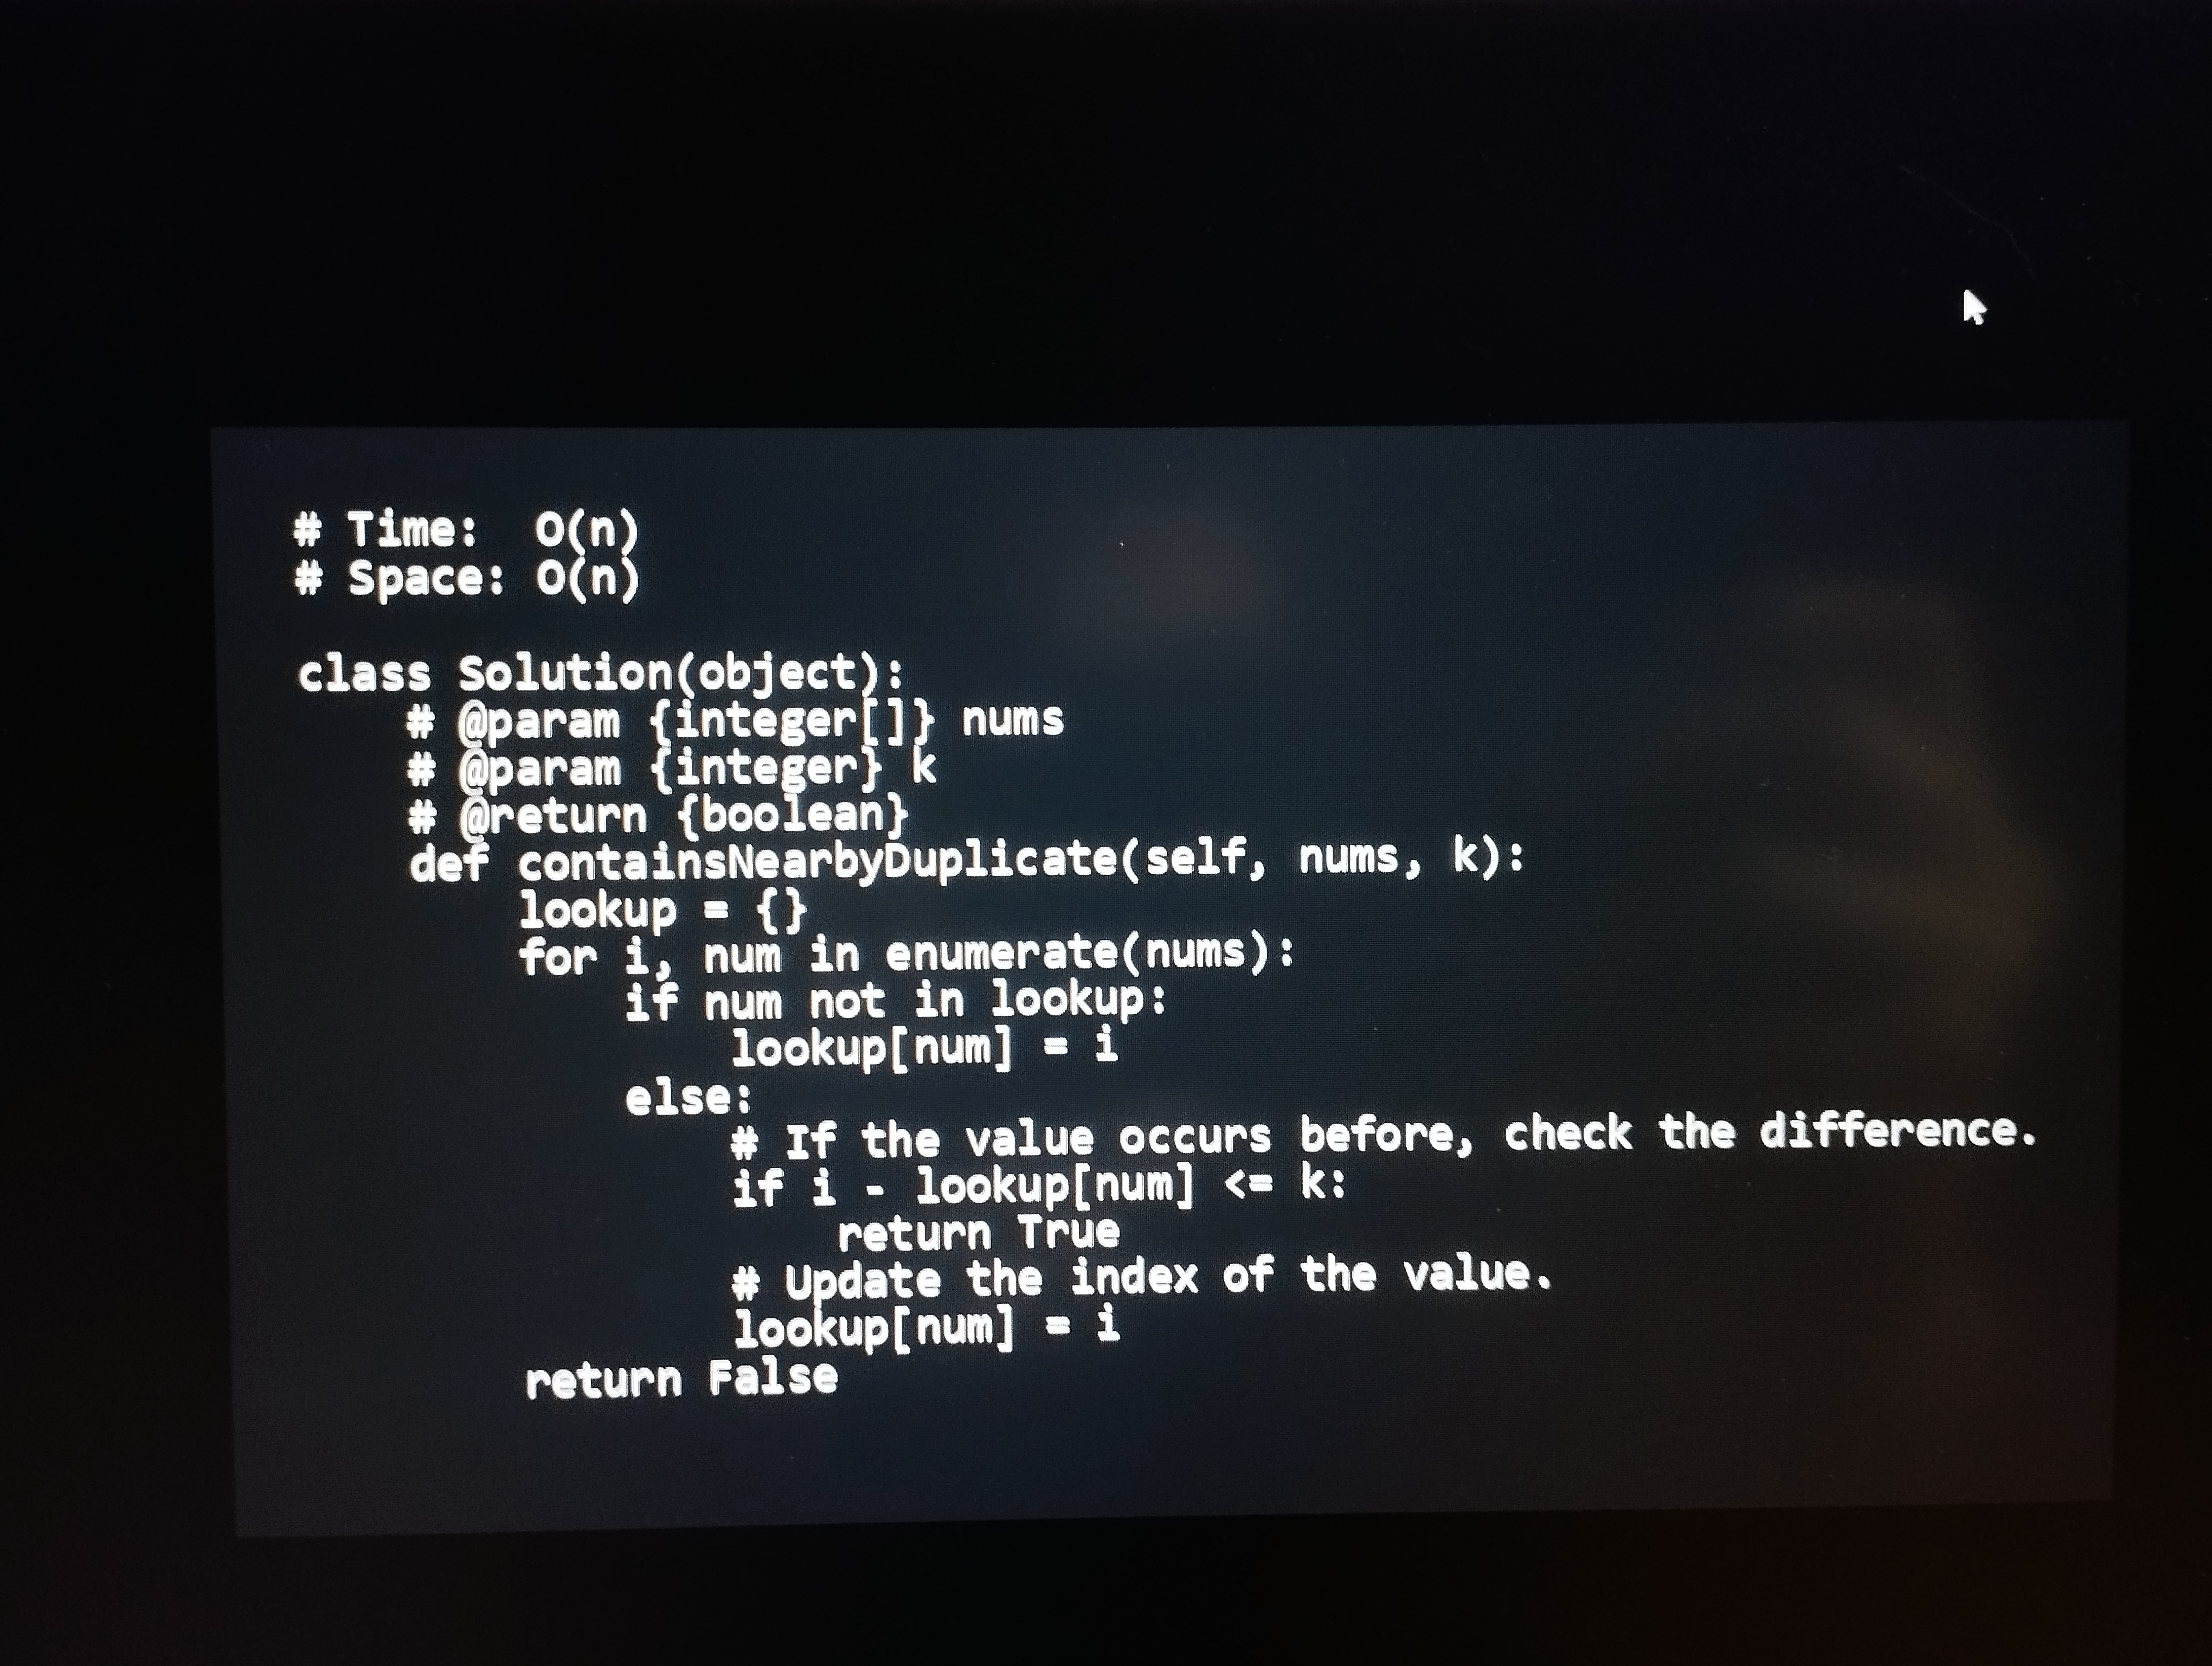
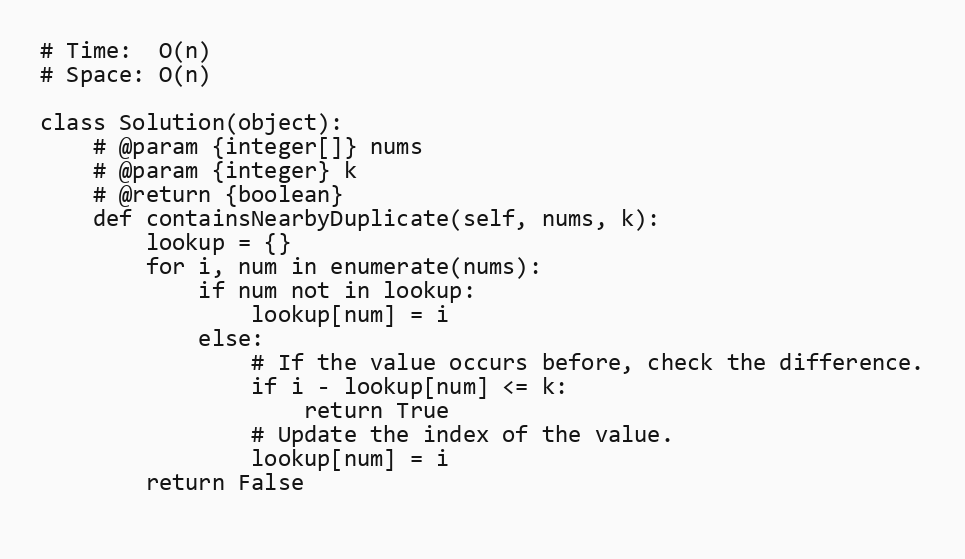
# Time:  O(n)
# Space: O(n)

class Solution(object):
    # @param {integer[]} nums
    # @param {integer} k
    # @return {boolean}
    def containsNearbyDuplicate(self, nums, k):
        lookup = {}
        for i, num in enumerate(nums):
            if num not in lookup:
                lookup[num] = i
            else:
                # If the value occurs before, check the difference.
                if i - lookup[num] <= k:
                    return True
                # Update the index of the value.
                lookup[num] = i
        return False